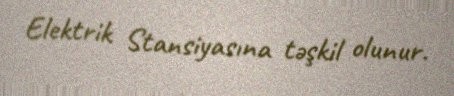
Elektrik Stansiyasına təşkil olunur.